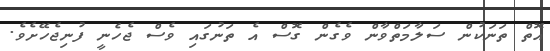
އޮތް ތަނަކުން ސަލާމަތްވާން ވެގެން ގޮސް އެ ތަނުގައި ވެސް ޖެހެނީ ފުނިޖެހޭށެވެ.